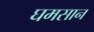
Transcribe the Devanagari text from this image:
घमसान